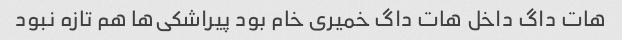
هات داگ داخل هات داگ خمیری خام بود پیراشکی‌ها هم تازه نبود